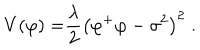
LaTeX: V { ( \varphi ) = } \frac { \lambda } { 2 } \left( \varphi ^ { + } \varphi - \sigma ^ { 2 } \right) ^ { 2 } \; .